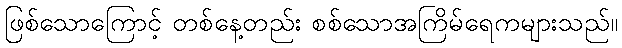
ဖြစ်သောကြောင့် တစ်နေ့တည်း စစ်သောအကြိမ်ရေကများသည်။